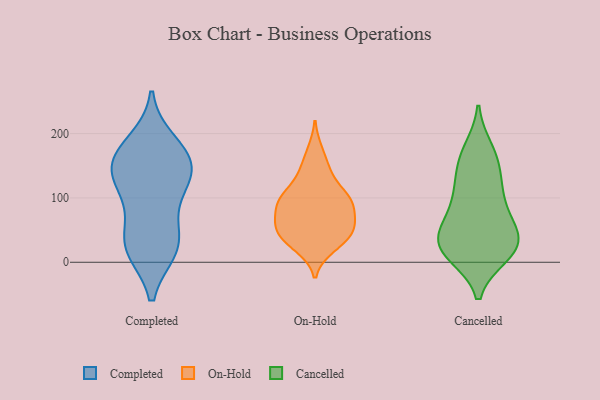
{"axis": {"x": "Budget (USD K)", "y": "Value"}, "legend": ["Cancelled", "Completed", "On-Hold"], "data": [{"x": "", "y": 185, "type": "Completed"}, {"x": "", "y": 32, "type": "Completed"}, {"x": "", "y": 21, "type": "Completed"}, {"x": "", "y": 122, "type": "Completed"}, {"x": "", "y": 165, "type": "Completed"}, {"x": "", "y": 147, "type": "Completed"}, {"x": "", "y": 161, "type": "Completed"}, {"x": "", "y": 33, "type": "Completed"}, {"x": "", "y": 90, "type": "Completed"}, {"x": "", "y": 152, "type": "Completed"}, {"x": "", "y": 21, "type": "Completed"}, {"x": "", "y": 125, "type": "Completed"}, {"x": "", "y": 105, "type": "On-Hold"}, {"x": "", "y": 44, "type": "On-Hold"}, {"x": "", "y": 140, "type": "On-Hold"}, {"x": "", "y": 37, "type": "On-Hold"}, {"x": "", "y": 27, "type": "On-Hold"}, {"x": "", "y": 94, "type": "On-Hold"}, {"x": "", "y": 62, "type": "On-Hold"}, {"x": "", "y": 99, "type": "On-Hold"}, {"x": "", "y": 173, "type": "On-Hold"}, {"x": "", "y": 48, "type": "On-Hold"}, {"x": "", "y": 71, "type": "On-Hold"}, {"x": "", "y": 56, "type": "On-Hold"}, {"x": "", "y": 87, "type": "On-Hold"}, {"x": "", "y": 142, "type": "On-Hold"}, {"x": "", "y": 58, "type": "On-Hold"}, {"x": "", "y": 98, "type": "On-Hold"}, {"x": "", "y": 101, "type": "On-Hold"}, {"x": "", "y": 23, "type": "On-Hold"}, {"x": "", "y": 31, "type": "Cancelled"}, {"x": "", "y": 73, "type": "Cancelled"}, {"x": "", "y": 13, "type": "Cancelled"}, {"x": "", "y": 24, "type": "Cancelled"}, {"x": "", "y": 120, "type": "Cancelled"}, {"x": "", "y": 166, "type": "Cancelled"}, {"x": "", "y": 156, "type": "Cancelled"}, {"x": "", "y": 175, "type": "Cancelled"}, {"x": "", "y": 30, "type": "Cancelled"}, {"x": "", "y": 50, "type": "Cancelled"}, {"x": "", "y": 101, "type": "Cancelled"}, {"x": "", "y": 37, "type": "Cancelled"}, {"x": "", "y": 13, "type": "Cancelled"}, {"x": "", "y": 50, "type": "Cancelled"}, {"x": "", "y": 87, "type": "Cancelled"}, {"x": "", "y": 11, "type": "Cancelled"}, {"x": "", "y": 128, "type": "Cancelled"}]}